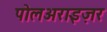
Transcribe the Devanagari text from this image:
पोलअराइज़र